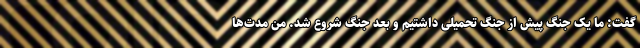
گفت: ما یک جنگ پیش از جنگ تحمیلی داشتیم و بعد جنگ شروع شد. من مدت‌ها